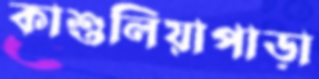
কাশুলিয়াপাড়া